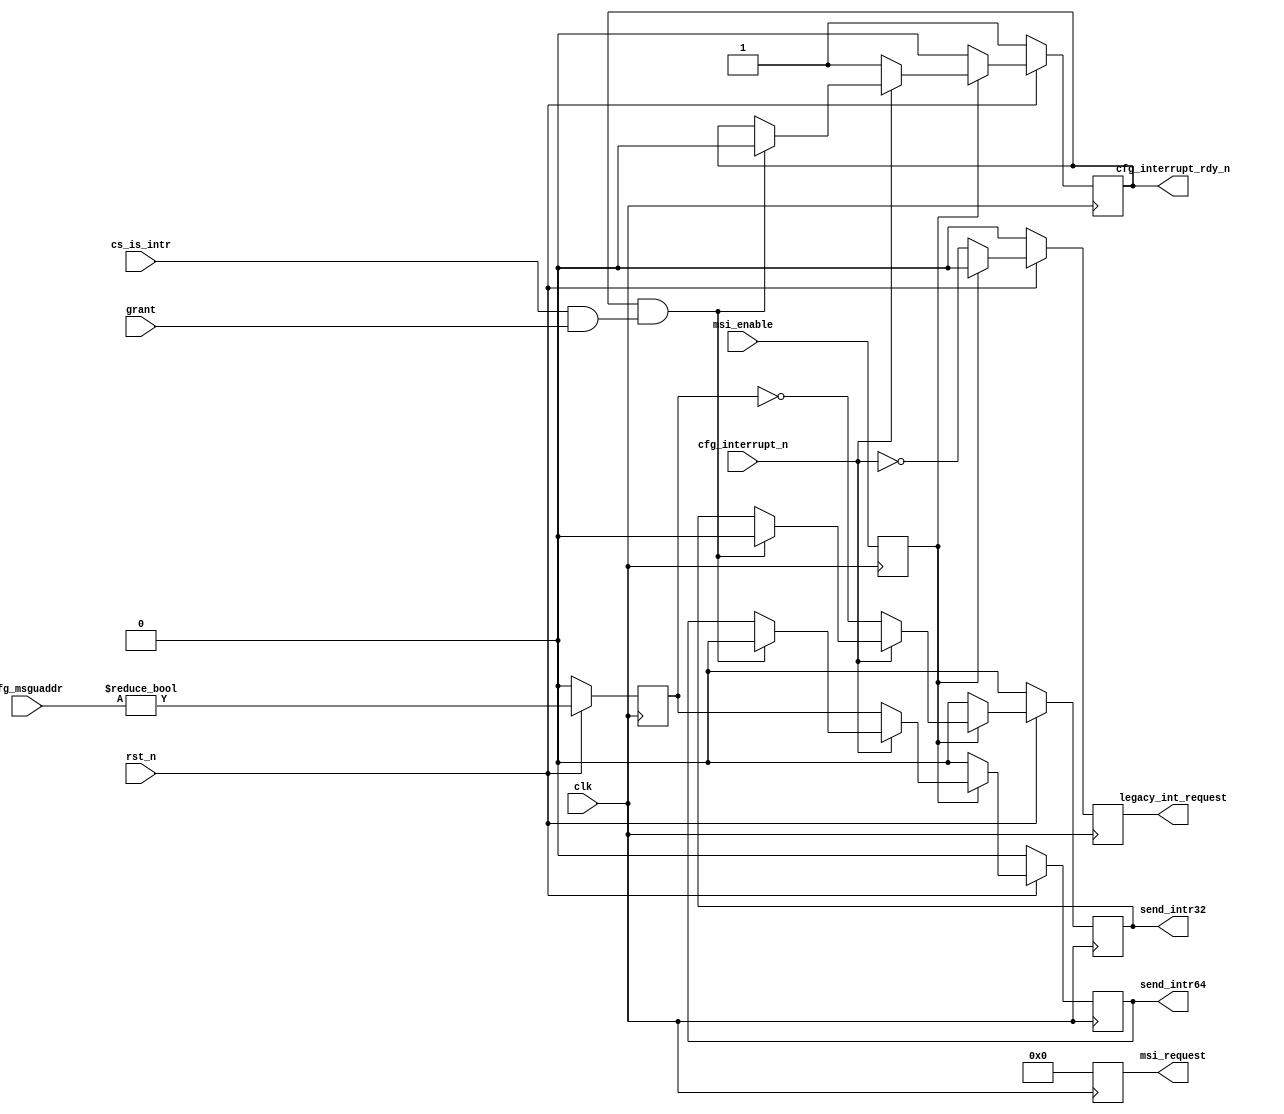

//-----------------------------------------------------------------------------
//
// (c) Copyright 2009 Xilinx, Inc. All rights reserved.
//
// This file contains confidential and proprietary information of Xilinx, Inc.
// and is protected under U.S. and international copyright and other
// intellectual property laws.
//
// DISCLAIMER
//
// This disclaimer is not a license and does not grant any rights to the
// materials distributed herewith. Except as otherwise provided in a valid
// license issued to you by Xilinx, and to the maximum extent permitted by
// applicable law: (1) THESE MATERIALS ARE MADE AVAILABLE "AS IS" AND WITH ALL
// FAULTS, AND XILINX HEREBY DISCLAIMS ALL WARRANTIES AND CONDITIONS, EXPRESS,
// IMPLIED, OR STATUTORY, INCLUDING BUT NOT LIMITED TO WARRANTIES OF
// MERCHANTABILITY, NON-INFRINGEMENT, OR FITNESS FOR ANY PARTICULAR PURPOSE;
// and (2) Xilinx shall not be liable (whether in contract or tort, including
// negligence, or under any other theory of liability) for any loss or damage
// of any kind or nature related to, arising under or in connection with these
// materials, including for any direct, or any indirect, special, incidental,
// or consequential loss or damage (including loss of data, profits, goodwill,
// or any type of loss or damage suffered as a result of any action brought by
// a third party) even if such damage or loss was reasonably foreseeable or
// Xilinx had been advised of the possibility of the same.
//
// CRITICAL APPLICATIONS
//
// Xilinx products are not designed or intended to be fail-safe, or for use in
// any application requiring fail-safe performance, such as life-support or
// safety devices or systems, Class III medical devices, nuclear facilities,
// applications related to the deployment of airbags, or any other
// applications that could lead to death, personal injury, or severe property
// or environmental damage (individually and collectively, "Critical
// Applications"). Customer assumes the sole risk and liability of any use of
// Xilinx products in Critical Applications, subject only to applicable laws
// and regulations governing limitations on product liability.
//
// THIS COPYRIGHT NOTICE AND DISCLAIMER MUST BE RETAINED AS PART OF THIS FILE
// AT ALL TIMES.
//
//-----------------------------------------------------------------------------
// Project    : V5-Block Plus for PCI Express
//--------------------------------------------------------------------------------
//--------------------------------------------------------------------------------
//--
//-- Description: PCIe Block LocalLink Bridge, Interrupt Module
//--
//--             
//--
//--------------------------------------------------------------------------------

`timescale 1ns/1ns
`ifndef TCQ
 `define TCQ 1
`endif

module pcie_blk_cf_int
(
       // Clock and reset

       input wire         clk,
       input wire         rst_n,

       // Arb interface
       output reg         send_intr32,
       output reg         send_intr64,
       input  wire        cs_is_intr,
       input  wire        grant,
       input  wire [31:0] cfg_msguaddr,

       // PCIe Block Interrupt Ports
       
       input  wire        msi_enable,
       output reg  [3:0]  msi_request,
       output reg         legacy_int_request,

       // LocalLink Interrupt Ports

       input  wire        cfg_interrupt_n,
       output reg         cfg_interrupt_rdy_n
); 

reg       msi64_enabled;
reg       msi_enable_reg;

always @(posedge clk) 
begin
  msi_enable_reg <= msi_enable;
end

always @(posedge clk)
begin
  if (~rst_n) begin
    msi_request         <= #`TCQ 'b0000;
    legacy_int_request  <= #`TCQ 0;
    send_intr32         <= #`TCQ 0;
    send_intr64         <= #`TCQ 0;
    cfg_interrupt_rdy_n <= #`TCQ 1;
  end else begin
    if (msi_enable_reg) begin 
      msi_request         <= #`TCQ {3'b000, 1'b0}; //disabled due to block malfunction
      legacy_int_request  <= #`TCQ 0;
      if(~cfg_interrupt_n) begin
        send_intr32         <= #`TCQ ~msi64_enabled;
        send_intr64         <= #`TCQ  msi64_enabled;
        cfg_interrupt_rdy_n <= #`TCQ 1;
      end else if (cfg_interrupt_rdy_n && (cs_is_intr && grant)) begin
        send_intr32         <= #`TCQ 0;
        send_intr64         <= #`TCQ 0;
        cfg_interrupt_rdy_n <= #`TCQ 0;
      end
    end
    else if (~msi_enable_reg) begin 
      msi_request         <= #`TCQ 'b0000;
      legacy_int_request  <= #`TCQ ~cfg_interrupt_n;
      send_intr32         <= #`TCQ 0;
      send_intr64         <= #`TCQ 0;
      cfg_interrupt_rdy_n <= #`TCQ 0;
    end
  end
end

// If upper address is 0, then send MSI32, otherwise send MSI64
always @(posedge clk)
begin
  if (~rst_n) begin
    msi64_enabled       <= #`TCQ 0;
  end else begin
    msi64_enabled       <= #`TCQ (cfg_msguaddr != 0);
  end
end

endmodule // pcie_blk_cf_int